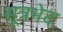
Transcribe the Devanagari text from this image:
सूत्रभेद